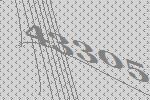
43305